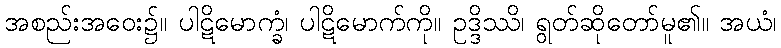
အစည်းအဝေး၌။ ပါဋိမောက္ခံ၊ ပါဋိမောက်ကို။ ဥဒ္ဒိဿိ၊ ရွတ်ဆိုတော်မူ၏။ အယံ၊